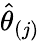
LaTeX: \widehat{\theta}_{(j)}